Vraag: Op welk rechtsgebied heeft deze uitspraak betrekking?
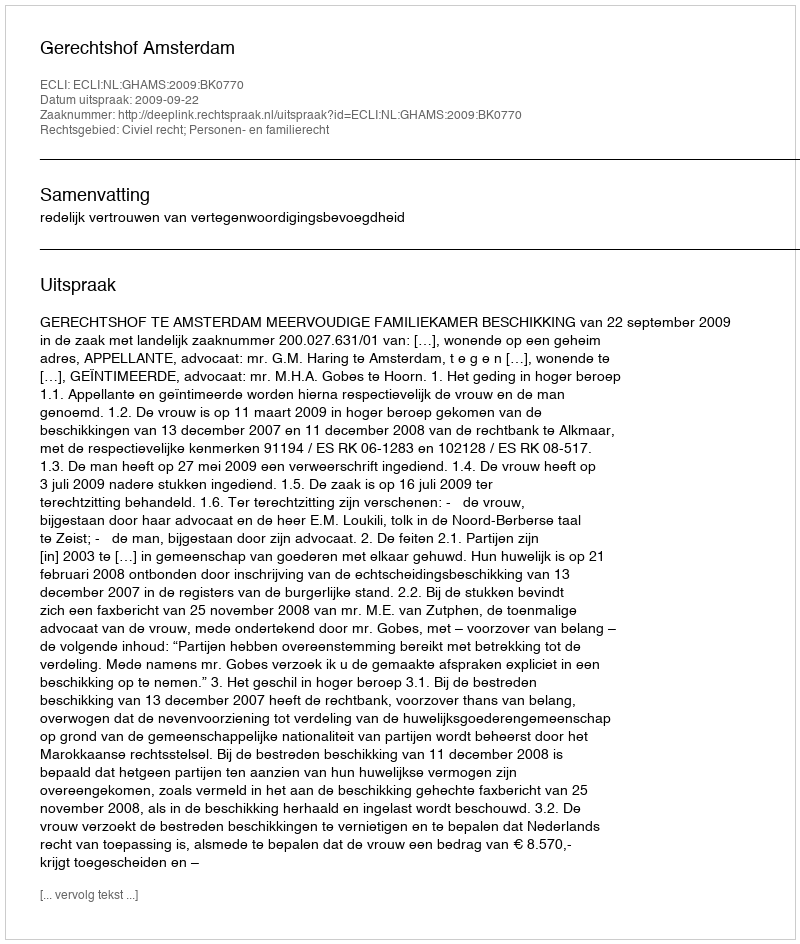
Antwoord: Civiel recht; Personen- en familierecht